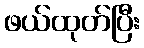
ဖယ်ထုတ်ပြီး